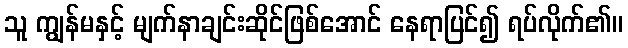
သူ ကျွန်မနှင့် မျက်နာချင်းဆိုင်ဖြစ်အောင် နေရာပြင်၍ ရပ်လိုက်၏။